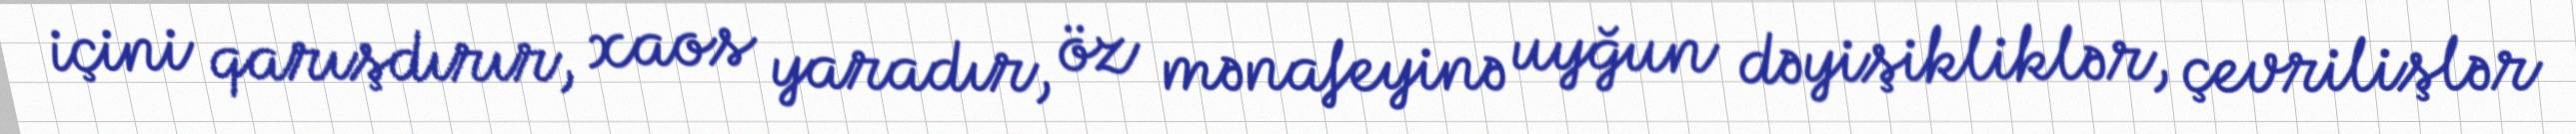
içini qarışdırır, xaos yaradır, öz mənafeyinə uyğun dəyişikliklər, çevrilişlər